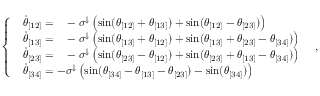
\left\{ \begin{array} { l l } { \begin{array} { r l } { \Dot { \theta } _ { [ 1 2 ] } = } & { { } - \sigma ^ { \downarrow } \left( \sin ( \theta _ { [ 1 2 ] } + \theta _ { [ 1 3 ] } ) + \sin ( \theta _ { [ 1 2 ] } - \theta _ { [ 2 3 ] } ) \right) } \end{array} } \\ { \begin{array} { r l } { \Dot { \theta } _ { [ 1 3 ] } = } & { { } - \sigma ^ { \downarrow } \left( \sin ( \theta _ { [ 1 3 ] } + \theta _ { [ 1 2 ] } ) + \sin ( \theta _ { [ 1 3 ] } + \theta _ { [ 2 3 ] } - \theta _ { [ 3 4 ] } ) \right) } \end{array} } \\ { \begin{array} { r l } { \Dot { \theta } _ { [ 2 3 ] } = } & { { } - \sigma ^ { \downarrow } \left( \sin ( \theta _ { [ 2 3 ] } - \theta _ { [ 1 2 ] } ) + \sin ( \theta _ { [ 2 3 ] } + \theta _ { [ 1 3 ] } - \theta _ { [ 3 4 ] } ) \right) } \end{array} } \\ { \begin{array} { r } { \Dot { \theta } _ { [ 3 4 ] } = - \sigma ^ { \downarrow } \left( \sin ( \theta _ { [ 3 4 ] } - \theta _ { [ 1 3 ] } - \theta _ { [ 2 3 ] } ) - \sin ( \theta _ { [ 3 4 ] } ) \right) } \end{array} } \end{array} \right. \, ,